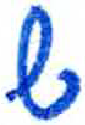
אות: ש